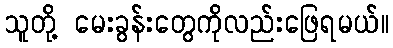
သူတို့ မေးခွန်းတွေကိုလည်းဖြေရမယ်။